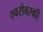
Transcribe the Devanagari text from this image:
स्वरोवस्की